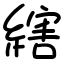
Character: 縖